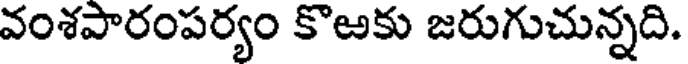
వంశపారంపర్యం కొఱకు జరుగుచున్నది.